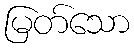
မြတ်သော